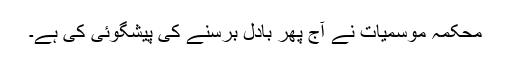
محکمہ موسمیات نے آج پھر بادل برسنے کی پیشگوئی کی ہے۔